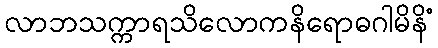
လာဘသက္ကာရသိလောကနိရောဓဂါမိနိံ